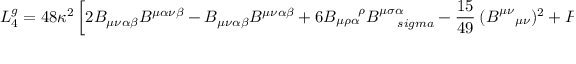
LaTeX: L _ { 4 } ^ { g } = 4 8 \kappa ^ { 2 } \left[ 2 B _ { \mu \nu \alpha \beta } B ^ { \mu \alpha \nu \beta } - B _ { \mu \nu \alpha \beta } B ^ { \mu \nu \alpha \beta } + 6 B _ { \mu \rho \alpha } ^ { \ \ \ \ \rho } B _ { \ \ \ \, s i g m a } ^ { \mu \sigma \alpha } - \frac { 1 5 } { 4 9 } \: ( B _ { \ \ ~ \mu \nu } ^ { \mu \nu } ) ^ { 2 } + P _ { \mu \nu \alpha \beta } P ^ { \mu \nu \alpha \beta } \right] .